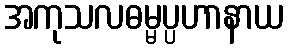
အကုသလဓမ္မပ္ပဟာနာယ